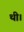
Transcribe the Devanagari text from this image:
थी।